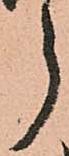
う